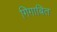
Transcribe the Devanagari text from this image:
गिगाबित